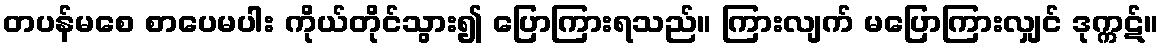
တပန်မစေ စာပေမပါး ကိုယ်တိုင်သွား၍ ပြောကြားရသည်။ ကြားလျက် မပြောကြားလျှင် ဒုက္ကဋ်။